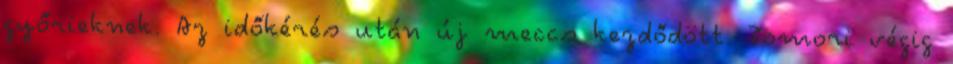
győrieknek. Az időkérés után új meccs kezdődött. Tomori végig